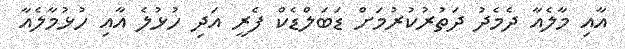
އާއި މާލެއާ ދެމެދު ދަތުރުކުރުމަށް ޑަބަލްޑެކް ފެރީ އަދި ހުޅުލެ އާއި ހުޅުމާލެއާ